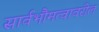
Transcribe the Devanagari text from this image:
सार्वभौमत्वावरील